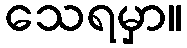
သေရမှာ။